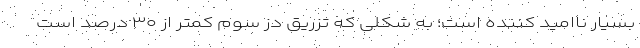
بسیار ناامید کننده است؛ به شکلی که تزریق دز سوم کمتر از ۳۰ درصد است